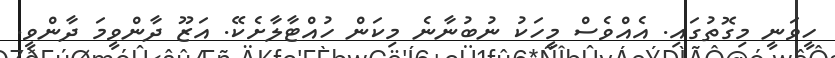
ހީވަނީ މިގޮތުގައި. އެއްވެސް މީހަކު ނުބުނާނެ މިކަން ހުއްޓާލާށެކޭ. އަޒޫ ދާންވީމަ ދާންވީ.